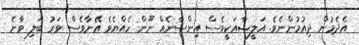
އެދެމުން ދިއުމުންނެވެ. އަލީޝާއަކީވެސް އިންސާނެއް ނޫން ހެއްޔެވެ އޭނާވެސް ވަރު ބަލި ވާނެ